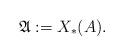
LaTeX: \begin{align*}\mathfrak{A} := X_*(A).\end{align*}